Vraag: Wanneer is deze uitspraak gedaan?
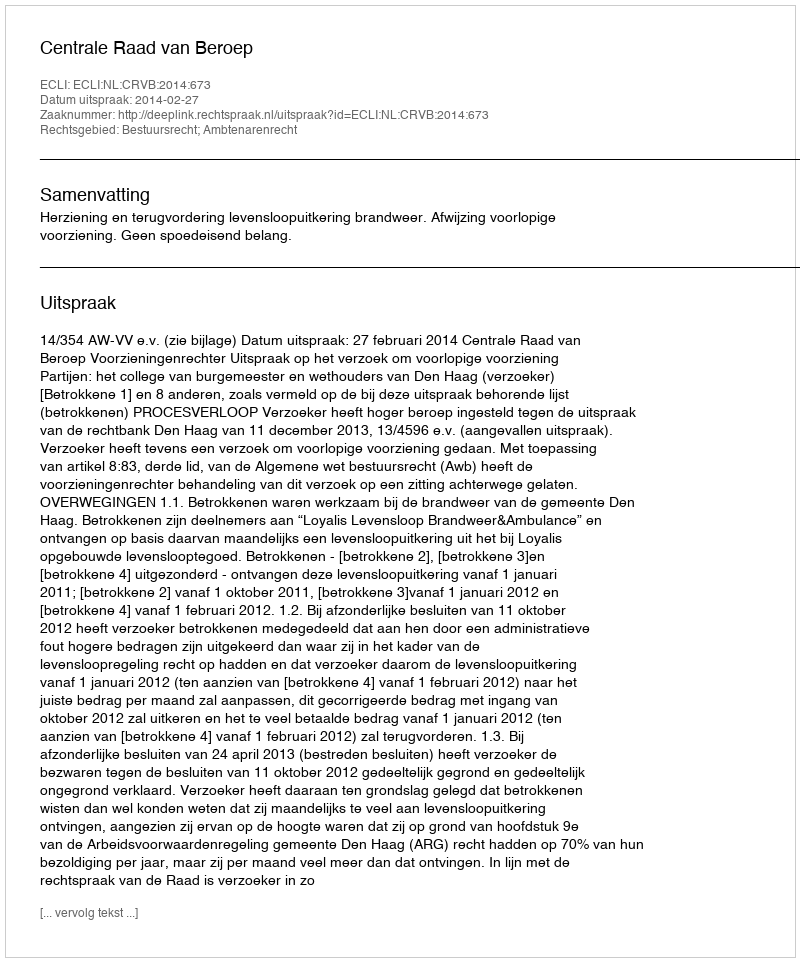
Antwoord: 2014-02-27